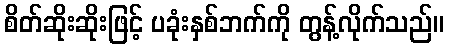
စိတ်ဆိုးဆိုးဖြင့် ပခုံးနှစ်ဘက်ကို တွန့်လိုက်သည်။